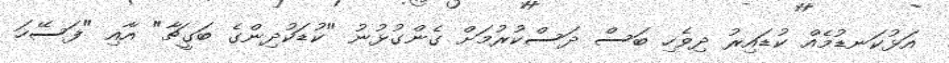
އަޅުކަނޑުމެއް ކުޑައިރު ދިވެހި ބަސް ދަސްކުރުމަށް ގެންގުޅުނު "ކުޑަކުދިންގެ ބަގީޗާ" އާއި "ފަސޭހަ